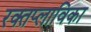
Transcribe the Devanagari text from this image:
रक्तप्लाविका